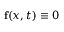
\mathbf { f } ( x , t ) \equiv 0